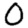
Digit: 0